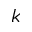
k